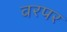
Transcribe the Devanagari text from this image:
वरपर